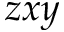
z x y